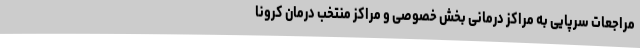
مراجعات سرپایی به مراکز درمانی بخش خصوصی و مراکز منتخب درمان کرونا